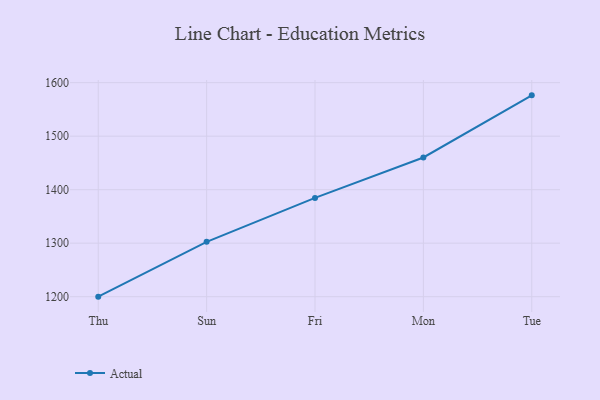
{"axis": {"x": "Day", "y": "Operating Costs (USD K)"}, "legend": ["Actual"], "data": [{"x": "Thu", "y": 1200.1, "type": "Actual"}, {"x": "Sun", "y": 1302.6, "type": "Actual"}, {"x": "Fri", "y": 1384.6, "type": "Actual"}, {"x": "Mon", "y": 1460.2, "type": "Actual"}, {"x": "Tue", "y": 1576.3, "type": "Actual"}]}